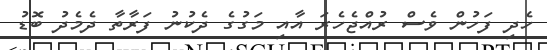
ހެދި ފަހުން ވެސް ރުއްޖެހެރަ އާއި މަގުގެ ދެކުނު ފަރާތާ ދެމެދު ބޮޑު